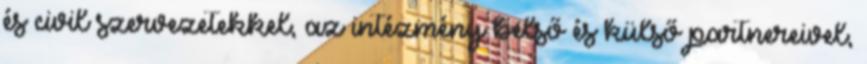
és civil szervezetekkel, az intézmény belső és külső partnereivel,